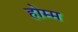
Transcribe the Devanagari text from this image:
होम्म